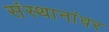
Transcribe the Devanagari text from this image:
संस्थानांवर